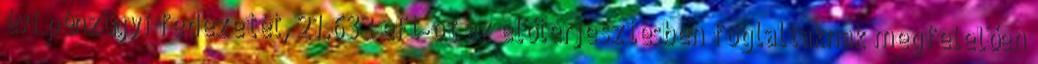
évi pénzügyi fedezetét, 21.633 eFt-ot az előterjesztésben foglaltaknak megfelelően